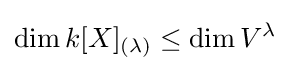
\operatorname {dim} k[X]_{(\lambda )}\leq \operatorname {dim} V^{\lambda }